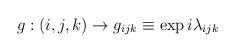
LaTeX: \begin{align*}g:(i,j,k)\rightarrow g_{ijk}\equiv\exp{i\lambda_{ijk}}\end{align*}